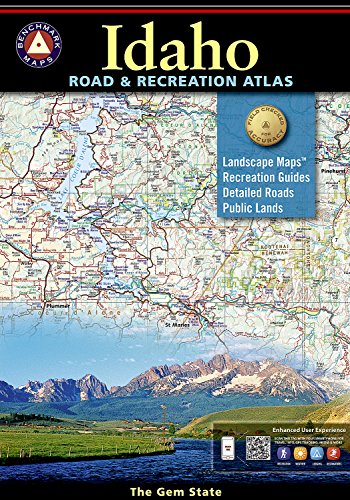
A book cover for Idaho Road and Recreation Atlas (Benchmark Maps: Idaho); Benchmark Maps; Reference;